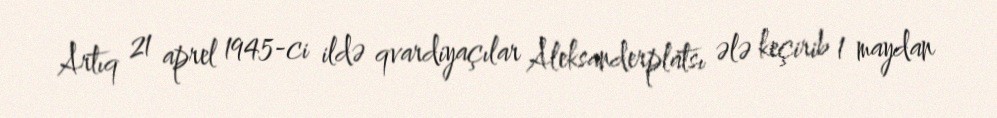
Artıq 21 aprel 1945-ci ildə qvardiyaçılar Aleksanderplatsı ələ keçirib 1 maydan